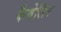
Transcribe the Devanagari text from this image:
कैवेलिर